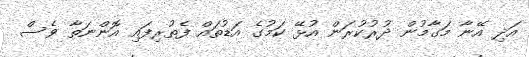
އަދި އޭނާ މަގާމުން ދުރުކުރަން އުޅޭ ކަމުގެ އަޑުތައް ފެތުރިފައި އޮންނަތާ ވެސް